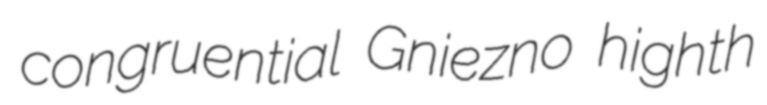
congruential Gniezno highth